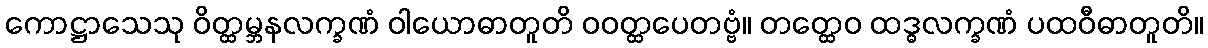
ကောဋ္ဌာသေသု ဝိတ္ထမ္ဘနလက္ခဏံ ဝါယောဓာတူတိ ဝဝတ္ထပေတဗ္ဗံ။ တတ္ထေဝ ထဒ္ဓလက္ခဏံ ပထဝီဓာတူတိ။